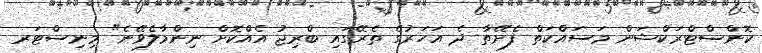
ކޮންސްޓްރަކްޝަން މަސައްކަތް ފެށޭތާ ދެ އަހަރުގެ ތެރޭގައި ބްރިޖު އެއްކޮށް ނިންމާލެވޭނެ" މިނިސްޓަރ